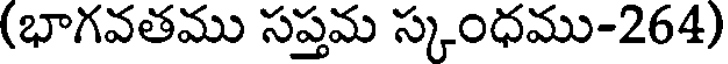
(భాగవతము సప్తమ స్కంధము-264)